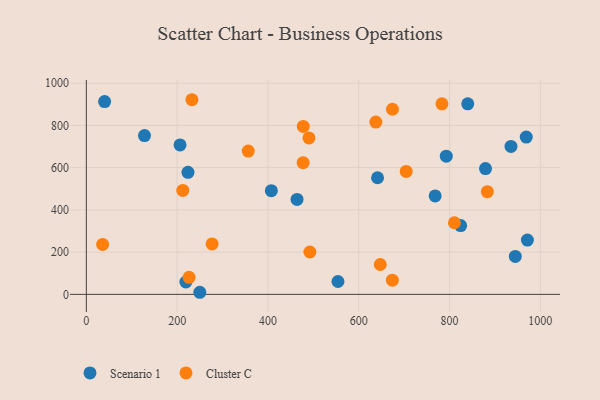
{"axis": {"x": "Engine Size", "y": "Sales"}, "legend": ["Cluster C", "Scenario 1"], "data": [{"x": "935.3", "y": 700.4, "type": "Scenario 1"}, {"x": "879.2", "y": 595.6, "type": "Scenario 1"}, {"x": "464.1", "y": 449.6, "type": "Scenario 1"}, {"x": "40.3", "y": 912.8, "type": "Scenario 1"}, {"x": "944.8", "y": 179.6, "type": "Scenario 1"}, {"x": "219.3", "y": 58.5, "type": "Scenario 1"}, {"x": "792.8", "y": 654.2, "type": "Scenario 1"}, {"x": "407.5", "y": 490.9, "type": "Scenario 1"}, {"x": "768.3", "y": 466.3, "type": "Scenario 1"}, {"x": "206.4", "y": 707.5, "type": "Scenario 1"}, {"x": "824.4", "y": 325.6, "type": "Scenario 1"}, {"x": "223.9", "y": 577.9, "type": "Scenario 1"}, {"x": "971.4", "y": 256.9, "type": "Scenario 1"}, {"x": "128.1", "y": 751.7, "type": "Scenario 1"}, {"x": "968.9", "y": 744.9, "type": "Scenario 1"}, {"x": "641.4", "y": 552.2, "type": "Scenario 1"}, {"x": "554.2", "y": 60.8, "type": "Scenario 1"}, {"x": "840.1", "y": 902.4, "type": "Scenario 1"}, {"x": "249.9", "y": 9.9, "type": "Scenario 1"}, {"x": "647.4", "y": 141.5, "type": "Cluster C"}, {"x": "674.0", "y": 67.3, "type": "Cluster C"}, {"x": "810.7", "y": 339.0, "type": "Cluster C"}, {"x": "277.0", "y": 238.7, "type": "Cluster C"}, {"x": "704.5", "y": 582.0, "type": "Cluster C"}, {"x": "477.5", "y": 623.6, "type": "Cluster C"}, {"x": "226.3", "y": 80.7, "type": "Cluster C"}, {"x": "883.2", "y": 486.1, "type": "Cluster C"}, {"x": "232.6", "y": 921.6, "type": "Cluster C"}, {"x": "356.6", "y": 678.4, "type": "Cluster C"}, {"x": "490.3", "y": 740.6, "type": "Cluster C"}, {"x": "674.2", "y": 876.6, "type": "Cluster C"}, {"x": "783.2", "y": 902.1, "type": "Cluster C"}, {"x": "35.9", "y": 236.6, "type": "Cluster C"}, {"x": "637.6", "y": 815.6, "type": "Cluster C"}, {"x": "212.5", "y": 492.3, "type": "Cluster C"}, {"x": "492.3", "y": 200.7, "type": "Cluster C"}, {"x": "477.8", "y": 795.1, "type": "Cluster C"}]}